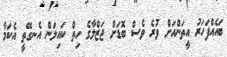
ބައެއްފަހަރު އީތަންއަށް ވުރެ ވެސް ބޮޑަށް ޖަޒްލާގެ ހިތް ކައިލަން އެނގޭތީ އެކަމާ